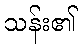
သန်း၏